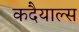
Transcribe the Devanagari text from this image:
कदैयाल्स